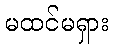
မထင်မရှား